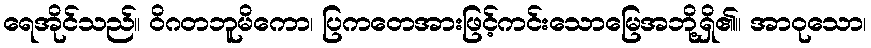
ရေအိုင်သည်။ ဝိဂတဘူမိကော၊ ပြကတေအားဖြင့်ကင်းသောမြေအဘို့ရှိ၏။ အာဝုသော၊